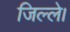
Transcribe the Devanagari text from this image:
जिल्ले।